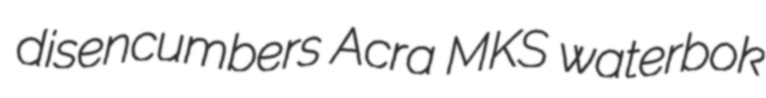
disencumbers Acra MKS waterbok